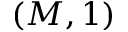
( M , 1 )